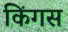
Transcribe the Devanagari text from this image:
किंगस